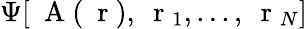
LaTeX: \Psi[\mathrm{~\mathbf~A~}(\mathrm{~\mathbf~r~}),\mathrm{~\mathbf~r~}_{1},...,\mathrm{~\mathbf~r~}_{N}]